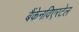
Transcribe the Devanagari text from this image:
बैंकेनविएरटेल